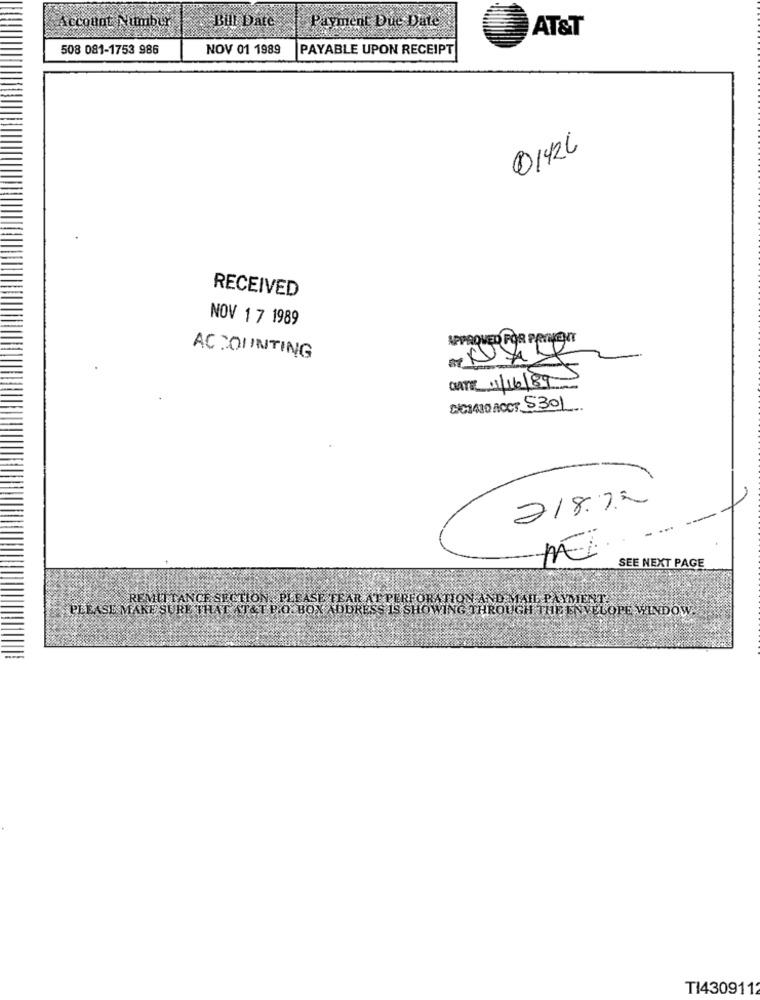
Account Number
Bill Date
Payment Due Date
AT&T
508 081-1753 986
NOV 01 1989
PAYABLE UPON RECEIPT
0142L
RECEIVED
NOV 1 7 1989
APPROVED FOR PAYIKENNT
ACCOUNTING
CHATE 1/16/89
DICI410 ACCT 5301
218.72
-
SEE NEXT PAGE
REMITTANCE SECTION. PLEASE TEAR AT PERFORATION AND MIHL PAYMENT
PLEASE MAKE SURE THAT AT&T P.O. BOX ADDRESS IS SHOWING THROUGH THE ENVELOPE WINDOW.
TI430911